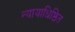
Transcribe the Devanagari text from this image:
न्यायाधिष्ठित